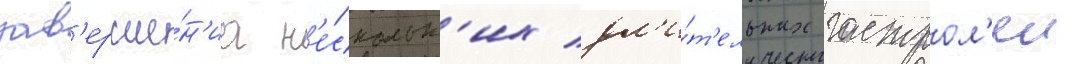
зав'ерше́н'иа н'е́скольк'их дл'и́т'ельных гастрол'еи